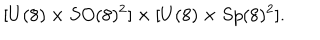
LaTeX: [ U ( 8 ) \times S O ( 8 ) ^ { 2 } ] \times [ U ( 8 ) \times S p ( 8 ) ^ { 2 } ] .